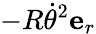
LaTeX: -R{\dot{\theta}}^{2}{\textbf{e}}_{r}